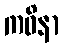
ကဝိနာ